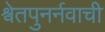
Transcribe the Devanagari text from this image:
श्वेतपुनर्नवाची